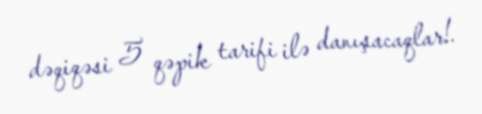
dəqiqəsi 5 qəpik tarifi ilə danışacaqlar!.